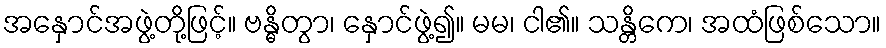
အနှောင်အဖွဲ့တို့ဖြင့်။ ဗန္ဓိတွာ၊ နှောင်ဖွဲ့၍။ မမ၊ ငါ၏။ သန္တိကေ၊ အထံဖြစ်သော။